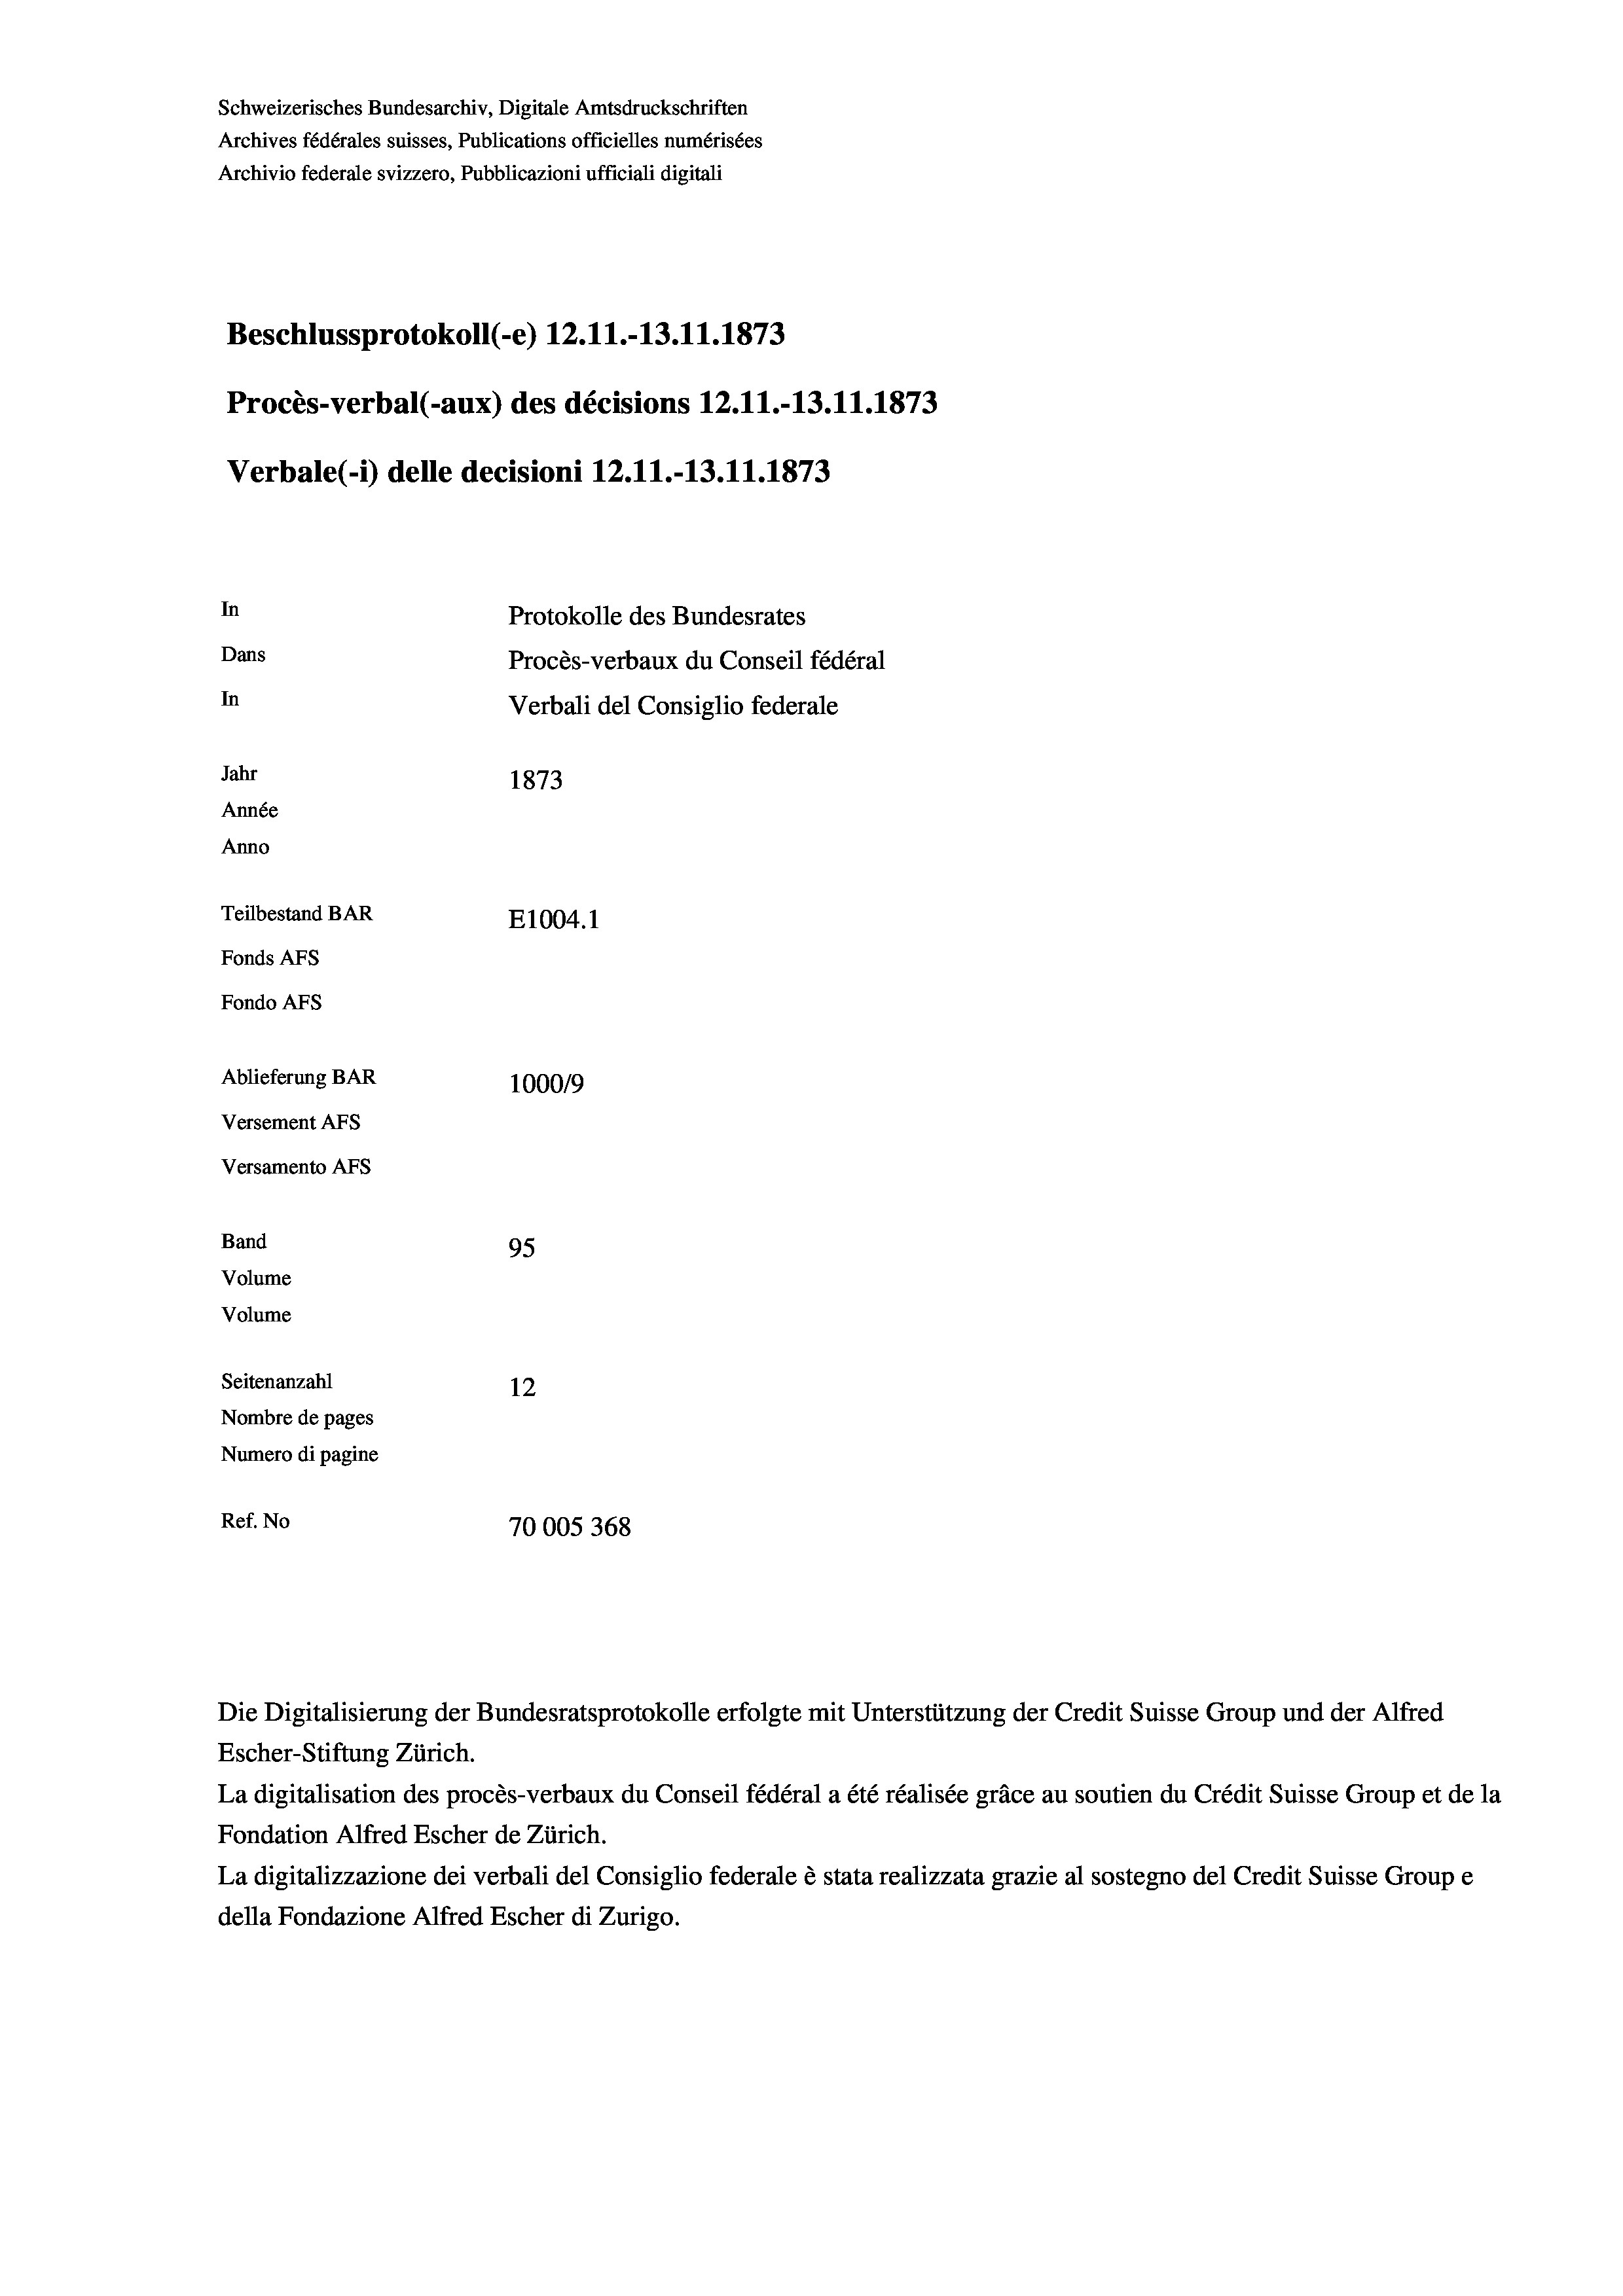
Schweizerisches Bundesarchiv, Digitale Amtsdruckschriften
Archives fédérales suisses, Publications officielles numérisées
Archivio federale svizzero, Pubblicazioni ufficiali digitali
Beschlussprotokoll (-e) 12.11.-13.11.1873
Procès-verbal (-aux) des décisions 12.11.-13.11.1873
Verbale(*) delle decisioni 12.11.-13.11.1873
In
Protokolle des Bundesrates
Dans
Procès-verbaux du Conseil fédéral
In
Verbali del Consiglio federale
Jahr
1873
Année
Anno
Teilbestand BAR
E1004.1
Fonds AFs
Fondo AFs
Ablieferung BAR
100019
Versement Abs
Versamento Afs

95
12
Nombre de pages
Numero di pagine
Ref. No
70005368

Band
Volume

Volume
Seitenanzahl

Escher-Stiftung Zürich.
La digitalisation des procès-verbaux du Conseil fédéral a été réalisée gräce au soutien du Crédit Suisse Group et de la
Fondation Alfred Escher de Zürich.
La digitalizzazione dei verbali del Consiglio federale è stata realizzata grazie al sostegno del Credit Suisse Groupe
della Fondazione Alfred Escher di Zurigo.

Die Digitalisierung der Bundesratsprotokolle erfolgte mit Unterstützung der Credit Suisse Group und der Alfred